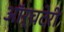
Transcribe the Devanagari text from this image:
ऑर्चटेरी